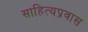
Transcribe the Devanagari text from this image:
साहित्यप्रवास